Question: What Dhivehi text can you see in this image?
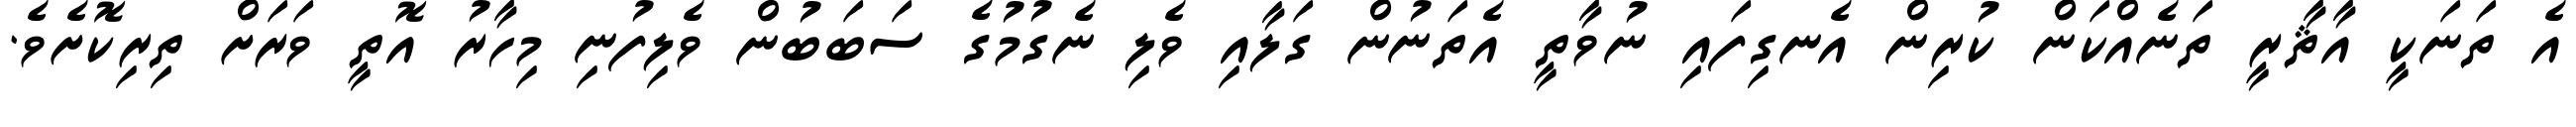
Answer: އެ ތަނަކީ އާޘާރީ ތަނެއްކަން ކުރިން އެނގިފައި ނުވާތީ އެތަނުން ގަލާއި ވެލި ނެގުމުގެ ސަބަބުން ވެލިފުނި މިހާރު އޮތީ ވަރަށް ތިރިކޮށެވެ.